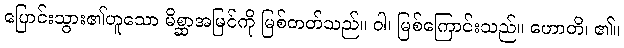
ပြောင်းသွား၏ဟူသော မိစ္ဆာအမြင်ကို မြစ်တတ်သည်။ ဝါ၊ မြစ်ကြောင်းသည်။ ဟောတိ၊ ၏။